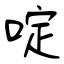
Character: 啶